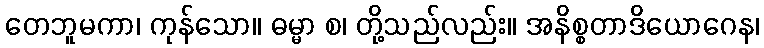
တေဘူမကာ၊ ကုန်သော။ ဓမ္မာ စ၊ တို့သည်လည်း။ အနိစ္စတာဒိယောဂေန၊